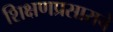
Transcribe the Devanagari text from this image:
शिक्षणप्रसाराचे